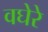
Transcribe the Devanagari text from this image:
वघेरे